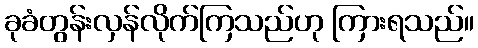
ခုခံတွန်းလှန်လိုက်ကြသည်ဟု ကြားရသည်။